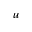
u